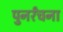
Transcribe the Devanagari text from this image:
पुनर्रंचना